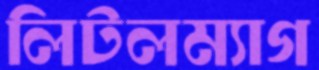
লিটলম্যাগ